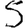
Digit: 5